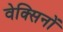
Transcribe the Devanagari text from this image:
वेक्सिनों